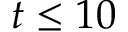
t \le 1 0